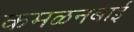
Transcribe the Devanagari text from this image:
कमळनबाई